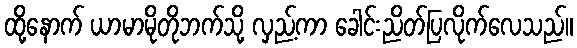
ထို့နောက် ယာမာမိုတိုဘက်သို့ လှည့်ကာ ခေါင်းညိတ်ပြလိုက်လေသည်။